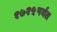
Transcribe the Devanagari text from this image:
१७२५पर्यंत